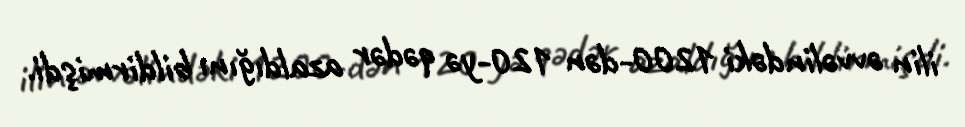
ilin əvvəlindəki 1200-dən 120-yə qədər azaldığını bildirmişdi.